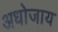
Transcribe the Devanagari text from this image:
अधोजाय